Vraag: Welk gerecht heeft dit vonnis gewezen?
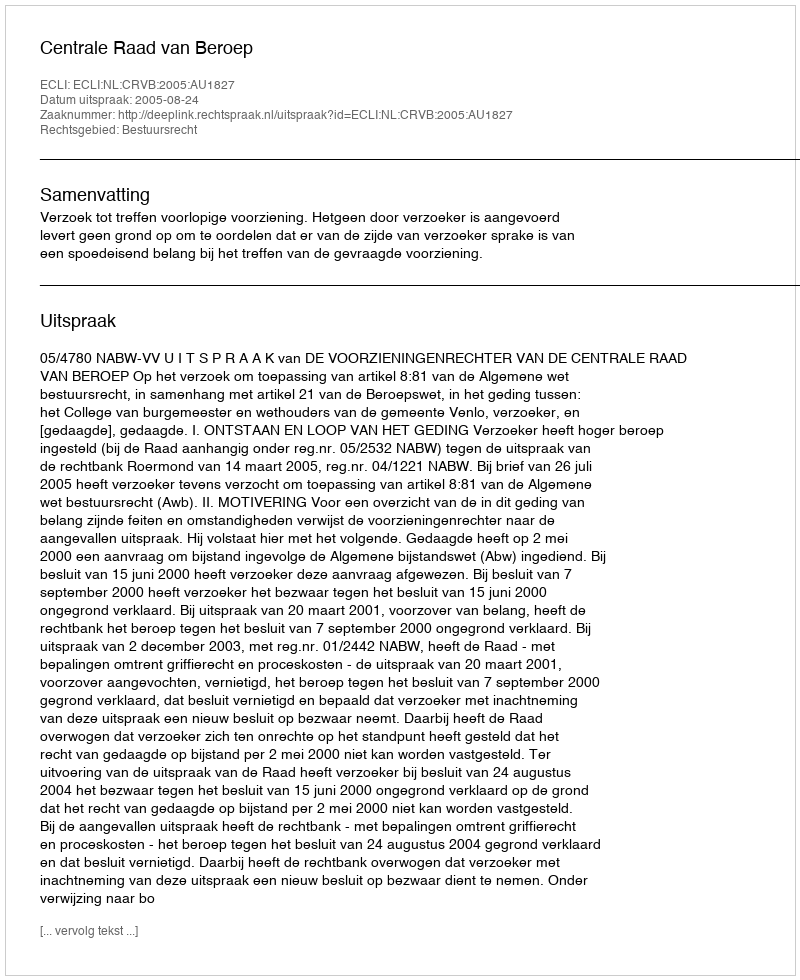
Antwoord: Centrale Raad van Beroep